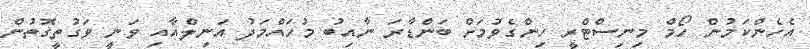
އެހެންކަމުން ހޯމް މިނިސްޓްރީ ހިންގެވުމަށް ބަންޑާރަ ނާއިބު މުހައްމަދު އަނިލްއާއި ވަނީ ވަގުތީގޮތުން